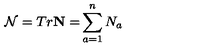
\mathcal { N } = T r \mathbf { N = } \sum _ { a = 1 } ^ { n } N _ { a }